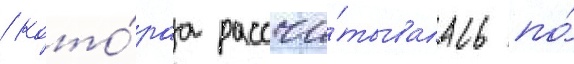
/ кото́раа рассчи́тывалась по́